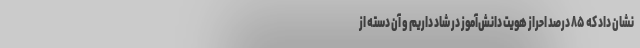
نشان داد که ۸۵ درصد احراز هویت دانش‌آموز در شاد داریم و آن دسته از